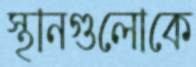
স্থানগুলোকে